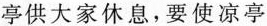
亭供大家休息，要使凉亭